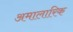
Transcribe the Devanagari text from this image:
अमालारिक